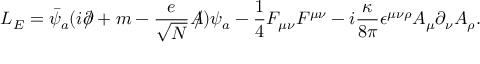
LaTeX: { \cal L } _ { E } = \bar { \psi } _ { a } ( i \partial \! \! \! / + m - \frac { e } { \sqrt { N } } A \! \! \! / ) \psi _ { a } - \frac { 1 } { 4 } F _ { \mu \nu } F ^ { \mu \nu } - i \frac { \kappa } { 8 \pi } \epsilon ^ { \mu \nu \rho } A _ { \mu } \partial _ { \nu } A _ { \rho } .